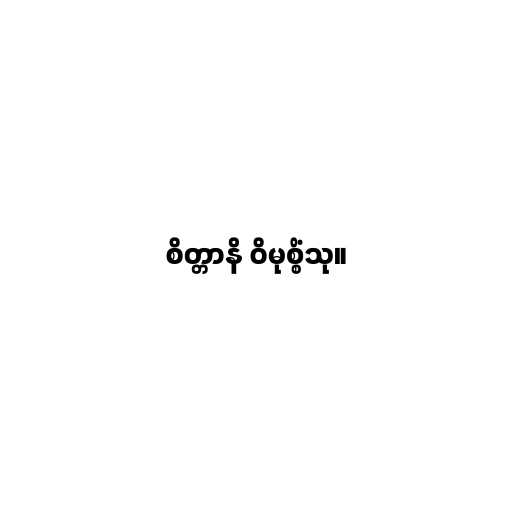
စိတ္တာနိ ဝိမုစ္စိံသု။